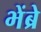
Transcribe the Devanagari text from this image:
भेंब्रे